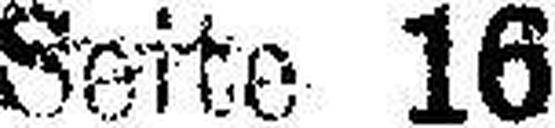
Seite 16